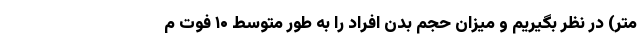
متر) در نظر بگیریم و میزان حجم بدن افراد را به طور متوسط ۱۰ فوت م